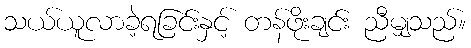
သယ်ယူလာခဲ့ရခြင်းနှင့် တန်ဖိုးချင်း ညီမျှသည်။